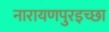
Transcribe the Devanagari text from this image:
नारायणपुरइच्छा